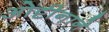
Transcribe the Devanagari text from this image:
ओट्टीनाने